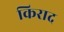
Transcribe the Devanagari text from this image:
किराद